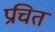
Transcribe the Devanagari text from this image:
प्रचित